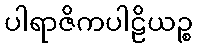
ပါရာဇိကပါဠိယဉ္စ